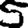
Digit: 5